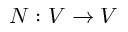
N : V \to V